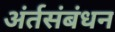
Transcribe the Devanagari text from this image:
अंर्तसंबंधन